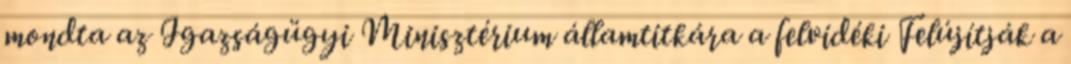
mondta az Igazságügyi Minisztérium államtitkára a felvidéki Felújítják a